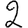
Digit: 2